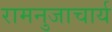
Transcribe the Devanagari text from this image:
रामनुजाचार्य